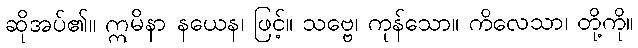
ဆိုအပ်၏။ ဣမိနာ နယေန၊ ဖြင့်။ သဗ္ဗေ၊ ကုန်သော။ ကိလေသာ၊ တို့ကို။